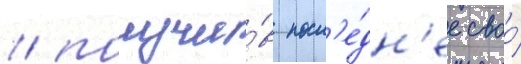
/ получи́в посл'е́дн'ее своо́